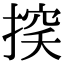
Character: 𢰃